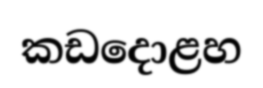
කඩදොළහ